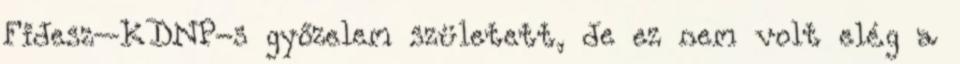
Fidesz–KDNP-s győzelem született, de ez nem volt elég a